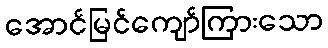
အောင်မြင်ကျော်ကြားသော